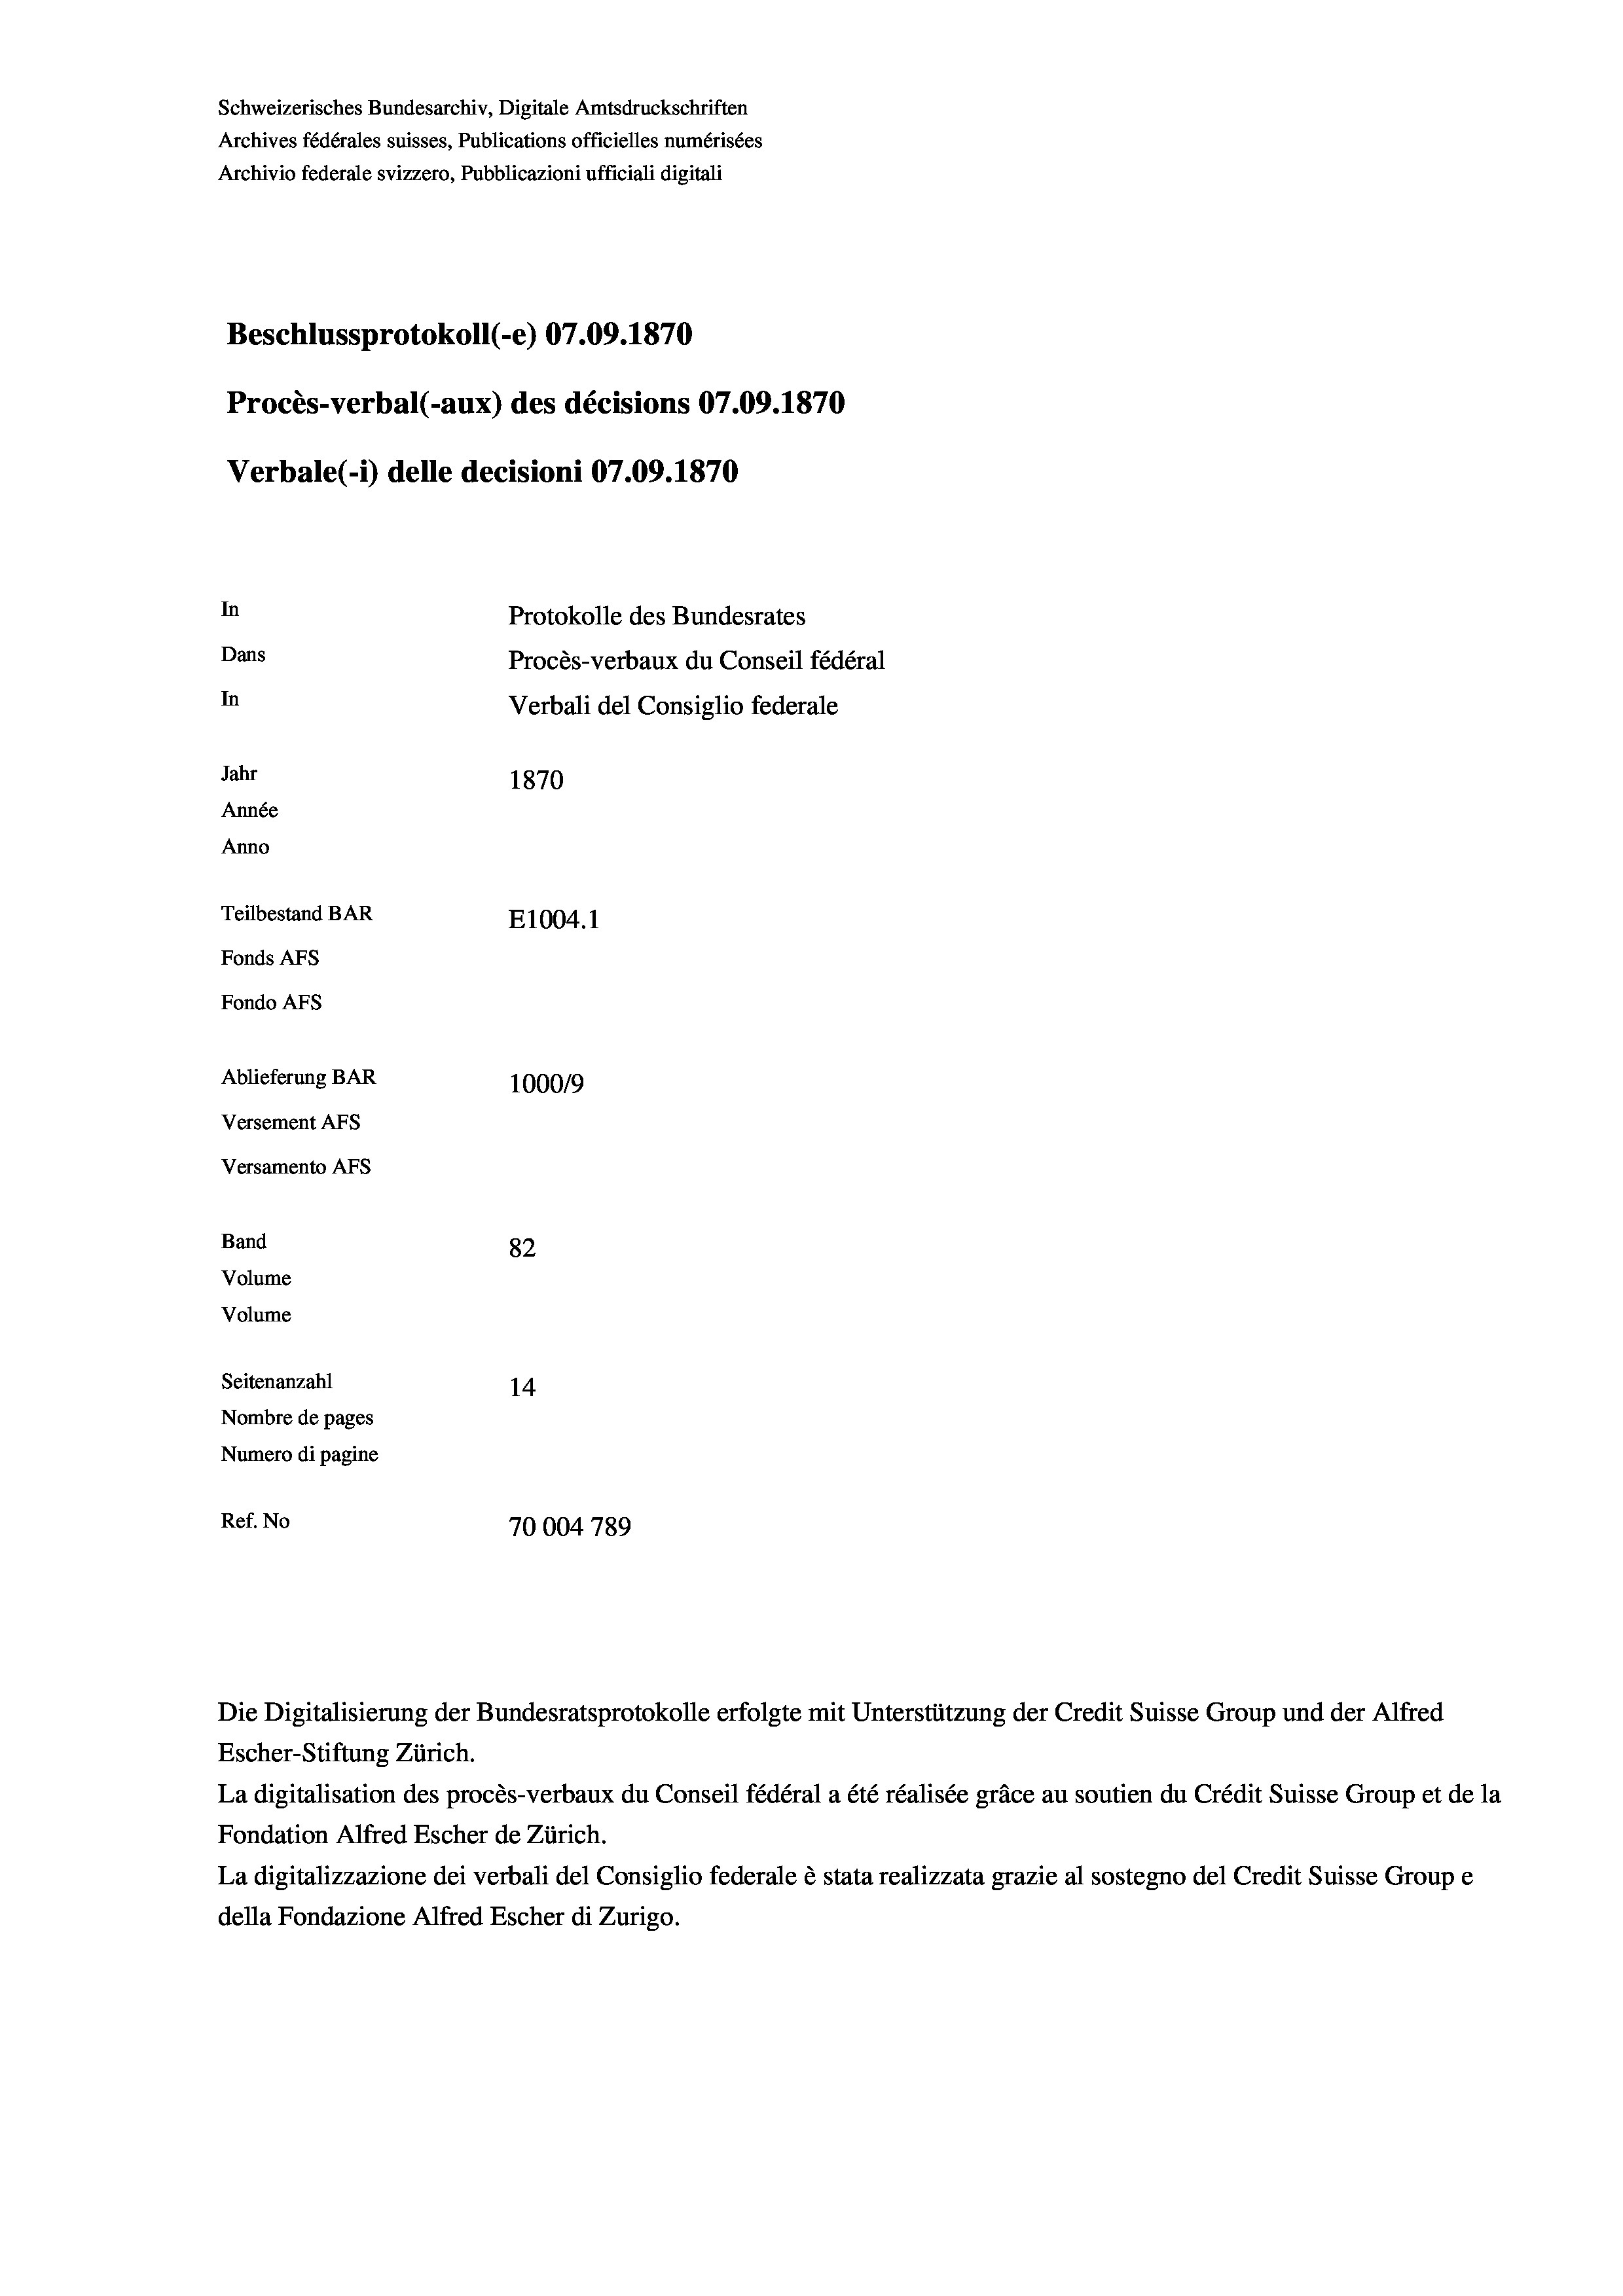
Schweizerisches Bundesarchiv, Digitale Amtsdruckschriften
Archives fédérales suisses, Publications officielles numérisées
Archivio federale svizzero, Pubblicazioni ufficiali digitali
Beschlussprotokoll (-e) 07.09. 1870
Procès-verbal (-aux) des décisions 07.09. 1870
Verbale (- 1) delle decisioni 07.09. 1870
In
Protokolle des Bundesrates
Dans
Procès-verbaux du Conseil fédéral
In
Verbali del Consiglio federale
Jahr
1870
Année
Anno
Teilbestand BAR
E1004.1
Fonds Afs
Fondo AFs
Ablieferung BAR
1000/9
Versement Abs
Versamento Afs

82
Seitenanzahl
14
Nombre de pages
Numero di pagine
Ref. No
70004 789

Band
Volume
Volume

Escher-Stiftung Zürich.
La digitalisation des procès-verbaux du Conseil fédéral a été réalisée gräce au soutien du Crédit Suisse Group et de la
Fondation Alfred Escher de Zürich.
La digitalizzazione dei verbali del Consiglio federale è stata realizzata grazie al sostegno del Credit Suisse Groupe
della Fondazione Alfred Escher di Zurigo.

Die Digitalisierung der Bundesratsprotokolle erfolgte mit Unterstützung der Credit Suisse Group und der Alfred